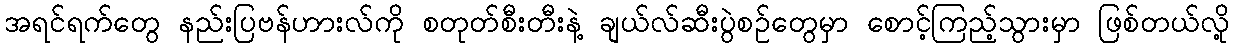
အရင်ရက်တွေ နည်းပြဗန်ဟားလ်ကို စတုတ်စီးတီးနဲ့ ချယ်လ်ဆီးပွဲစဉ်တွေမှာ စောင့်ကြည့်သွားမှာ ဖြစ်တယ်လို့